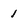
Character: 1